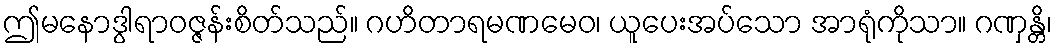
ဤမနောဒွါရာဝဇ္ဇန်းစိတ်သည်။ ဂဟိတာရမဏမေဝ၊ ယူပေးအပ်သော အာရုံကိုသာ။ ဂဏှန္တိ၊